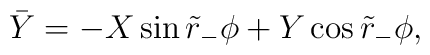
\bar Y = -X \sin \tilde r_- \phi + Y \cos \tilde r_- \phi,